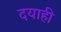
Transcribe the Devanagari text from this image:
दयाही